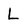
Character: L